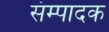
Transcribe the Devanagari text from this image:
संम्पादक